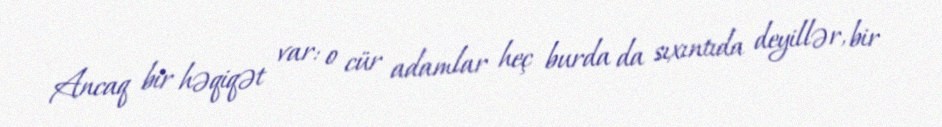
Ancaq bir həqiqət var: o cür adamlar heç burda da sıxıntıda deyillər, bir